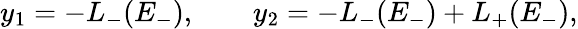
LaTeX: y_{1}=-L_{-}(E_{-}),\qquad y_{2}=-L_{-}(E_{-})+L_{+}(E_{-}),